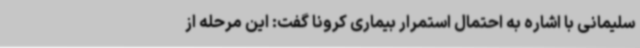
سلیمانی با اشاره به احتمال استمرار بیماری کرونا گفت: این مرحله از